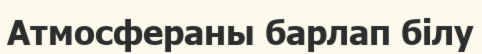
Атмосфераны барлап білу